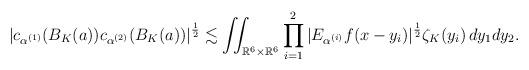
LaTeX: \begin{gather*} |c_{\alpha^{(1)}}(B_{K}(a))c_{\alpha^{(2)}}(B_{K}(a))|^{\frac{1}{2}}\lesssim \iint_{\mathbb{R}^{6} \times \mathbb{R}^{6} } \prod_{i=1}^{2} |E_{\alpha^{(i)}}f(x-y_{i})|^{\frac{1}{2}}\zeta_{K}(y_{i})\,dy_{1}dy_{2}.\end{gather*}